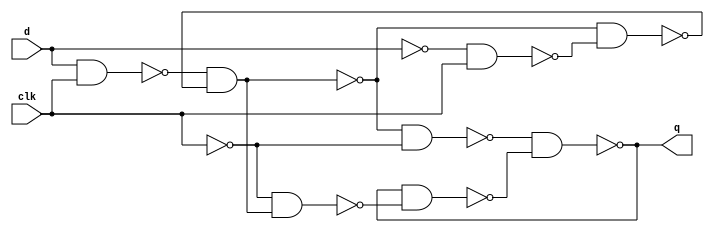
/* mdulo DLatch */
/* Leonardo Vecchi Meirelles - 12011ECP002 */

`ifndef _DLatch_
`define _DLatch_

module DLatch(q, d, clk);
    input d, clk;
    output q;
    wire w1, w2, w3, w4, w5, w6, w7, w8, w9, notq;

    not not1(w1, d);
    nand nand1(w2, d, clk);
    nand nand2(w5, w2, w3);
    nand nand3(w4, w1, clk);
    nand nand4(w3, w5, w4);

    not not2(w7, clk);
    
    not not3(w6, w5);
    nand nand5(w8, w5, w7);
    nand nand6(q, w8, notq);
    nand nand7(w9, w7, w6);
    nand nand8(notq, q, w9);


    // Descrio de conexes internas do mdulo

endmodule

`endif